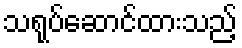
သရုပ်ဆောင်ထားသည့်